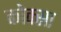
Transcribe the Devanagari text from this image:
कोक्सा